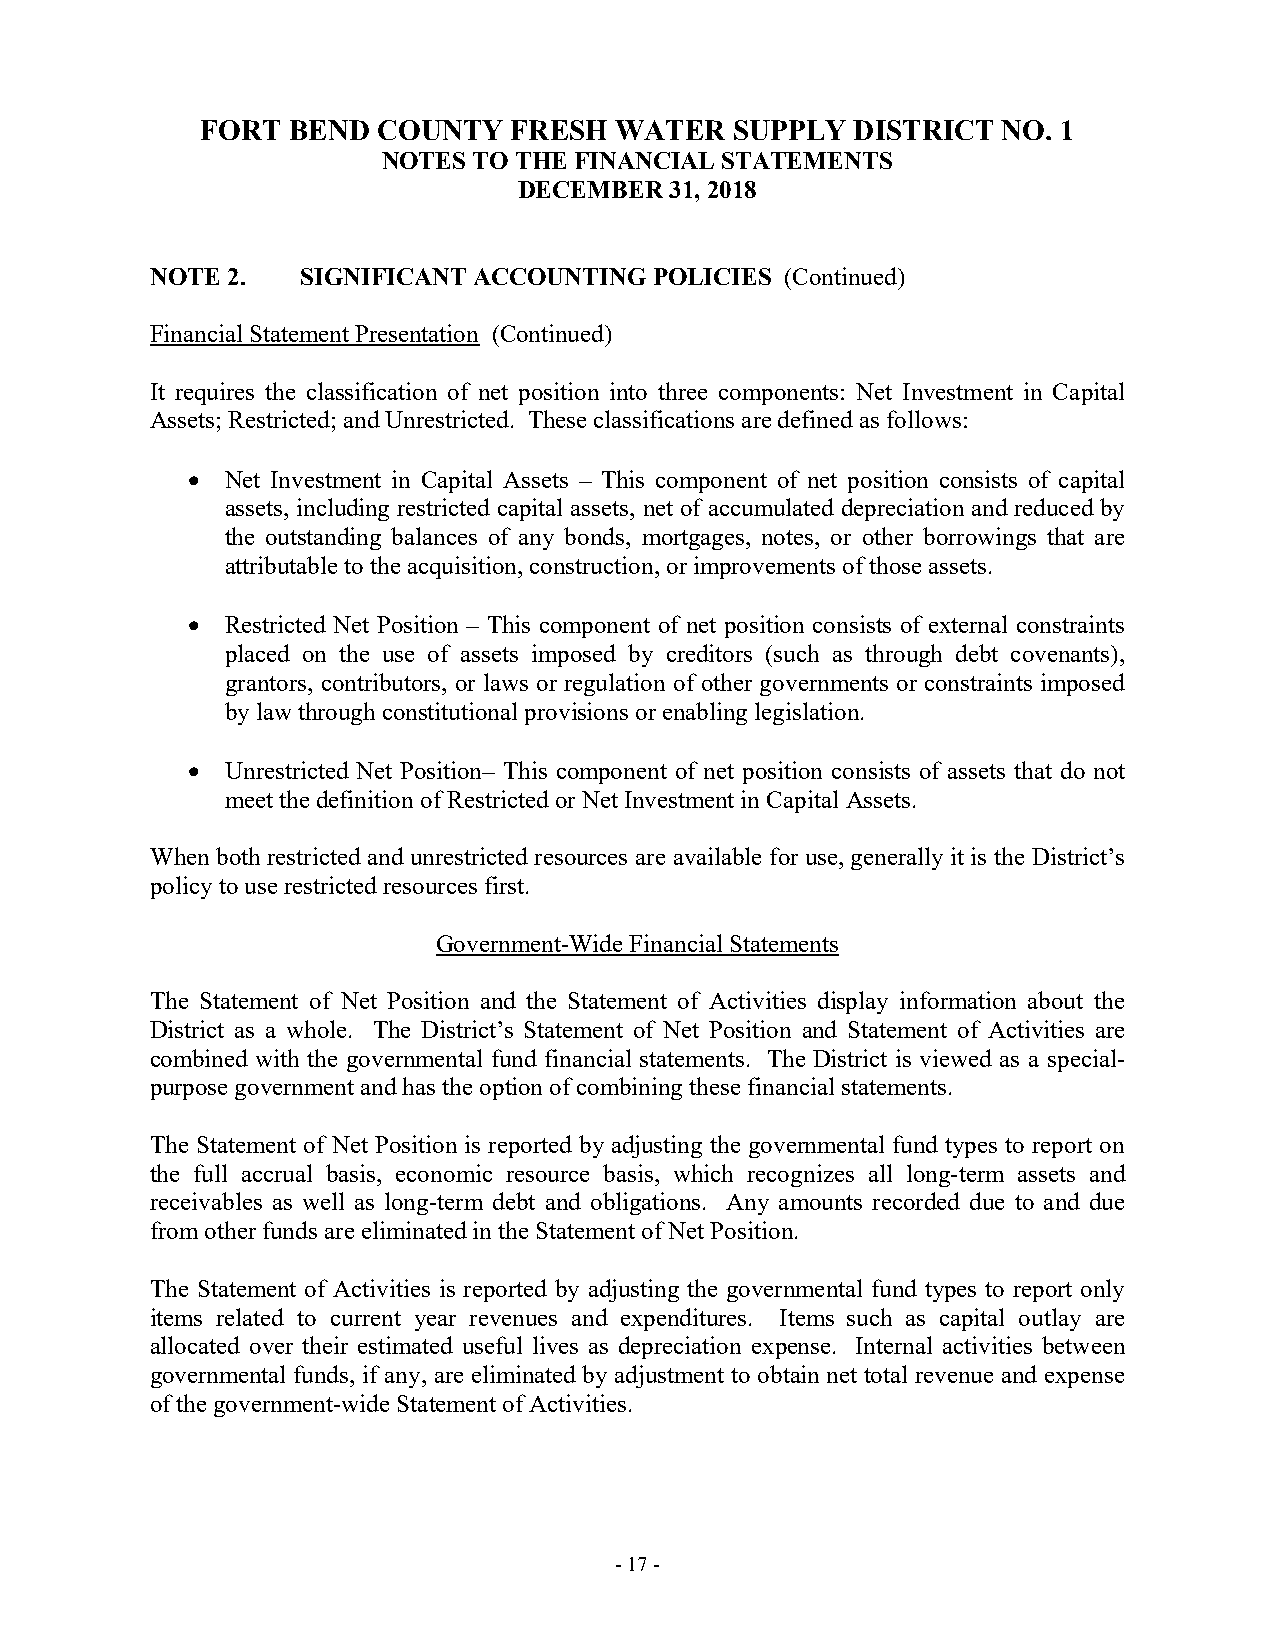
FORT  BEND  COUNTY   FRESH  WATER   SUPPLY  DISTRICT NO. 1
 NOTES TO THE FINANCIAL STATEMENTS
 DECEMBER  31, 2018
 NOTE 2.   SIGNIFICANT ACCOUNTING POLICIES (Continued)
 Financial Statement Presentation (Continued)
 It requires the classification of net position into three components: Net Investment in Capital
 Assets; Restricted; and Unrestricted. These classifications are defined as follows:
   Net Investment in Capital Assets – This component of net position consists of capital
 assets, including restricted capital assets, net of accumulated depreciation and reduced by
 the outstanding balances of any bonds, mortgages, notes, or other borrowings that are
 attributable to the acquisition, construction, or improvements of those assets.
   Restricted Net Position – This component of net position consists of external constraints
 placed on the use of assets imposed by creditors (such as through debt covenants),
 grantors, contributors, or laws or regulation of other governments or constraints imposed
 by law through constitutional provisions or enabling legislation.
   Unrestricted Net Position– This component of net position consists of assets that do not
 meet the definition of Restricted or Net Investment in Capital Assets.
 When both restricted and unrestricted resources are available for use, generally it is the District’s
 policy to use restricted resources first.
 Government-Wide Financial Statements
 The Statement of Net Position and the Statement of Activities display information about the
 District as a whole. The District’s Statement of Net Position and Statement of Activities are
 combined with the governmental fund financial statements. The District is viewed as a special-
 purpose government and has the option of combining these financial statements.
 The Statement of Net Position is reported by adjusting the governmental fund types to report on
 the full accrual basis, economic resource basis, which recognizes all long-term assets and
 receivables as well as long-term debt and obligations. Any amounts recorded due to and due
 from other funds are eliminated in the Statement of Net Position.
 The Statement of Activities is reported by adjusting the governmental fund types to report only
 items related to current year revenues and expenditures. Items such as capital outlay are
 allocated over their estimated useful lives as depreciation expense. Internal activities between
 governmental funds, if any, are eliminated by adjustment to obtain net total revenue and expense
 of the government-wide Statement of Activities.
 - 17 -